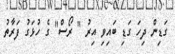
ގަޑިން ދިހަ ގަޑި ބައިވި އިރު " ރޯސް" ގެ ހުޅަގު ފަރާތު